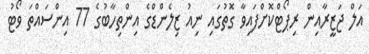
އަލް ޖަޒީރާއިން ރިޕޯޓްކޮށްފައިވާ ގޮތުގައި ނިއު ޒިލެންޑްގެ އިންތިހާބުގެ 77 އިންސައްތަ ވޯޓު